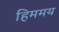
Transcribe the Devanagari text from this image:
हिममय